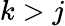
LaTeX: k>j